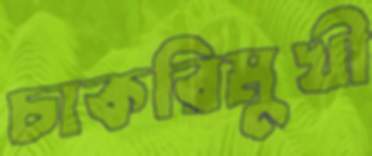
চাকরিমুখী